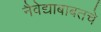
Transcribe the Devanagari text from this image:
नैवेद्याबाबतचे